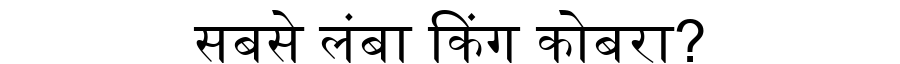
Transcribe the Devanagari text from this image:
सबसे लंबा किंग कोबरा?